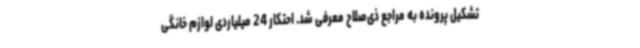
تشکیل پرونده به مراجع ذی‌صلاح معرفی شد. احتکار 24 میلیاردی لوازم خانگی